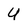
Character: U